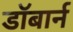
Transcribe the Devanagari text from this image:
डॉबार्न